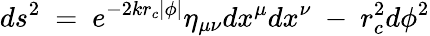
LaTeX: ds^{2}\ =\ e^{-2kr_{c}|\phi|}{\eta}_{\mu\nu}dx^{\mu}dx^{\nu}\ -\ r_{c}^{2}d\phi^{2}